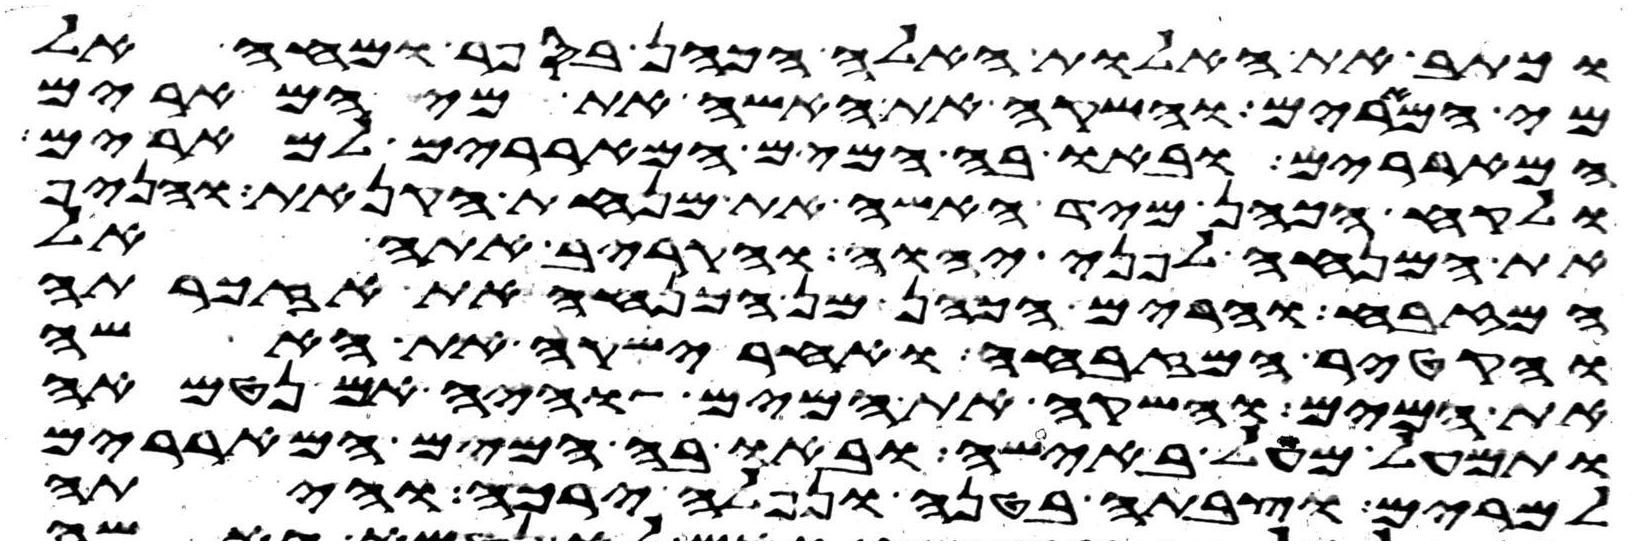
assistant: וכתב את האלות האלה הכהן בספר ומחה אל
מי המרים והשקה את האשה את מי המרים
המאררים ובאו בה המים המאררים למרים
ולקח הכהן מיד האשה את מנחת הקנאת והניף
את המנחה לפני יהוה והקריב אתה אל
המזבח והרים הכהן מן המנחה את אזכרתה
והקטיר המזבחה ואחר ישקה את האשה
את המים והשקה את המים והיה אם נטמאה
ותמעל מעל באישה ובאו בה המים המאררים
למרים וצבתה בטנה ונפלה ירכה והיתה